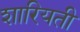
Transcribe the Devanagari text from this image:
शारियती